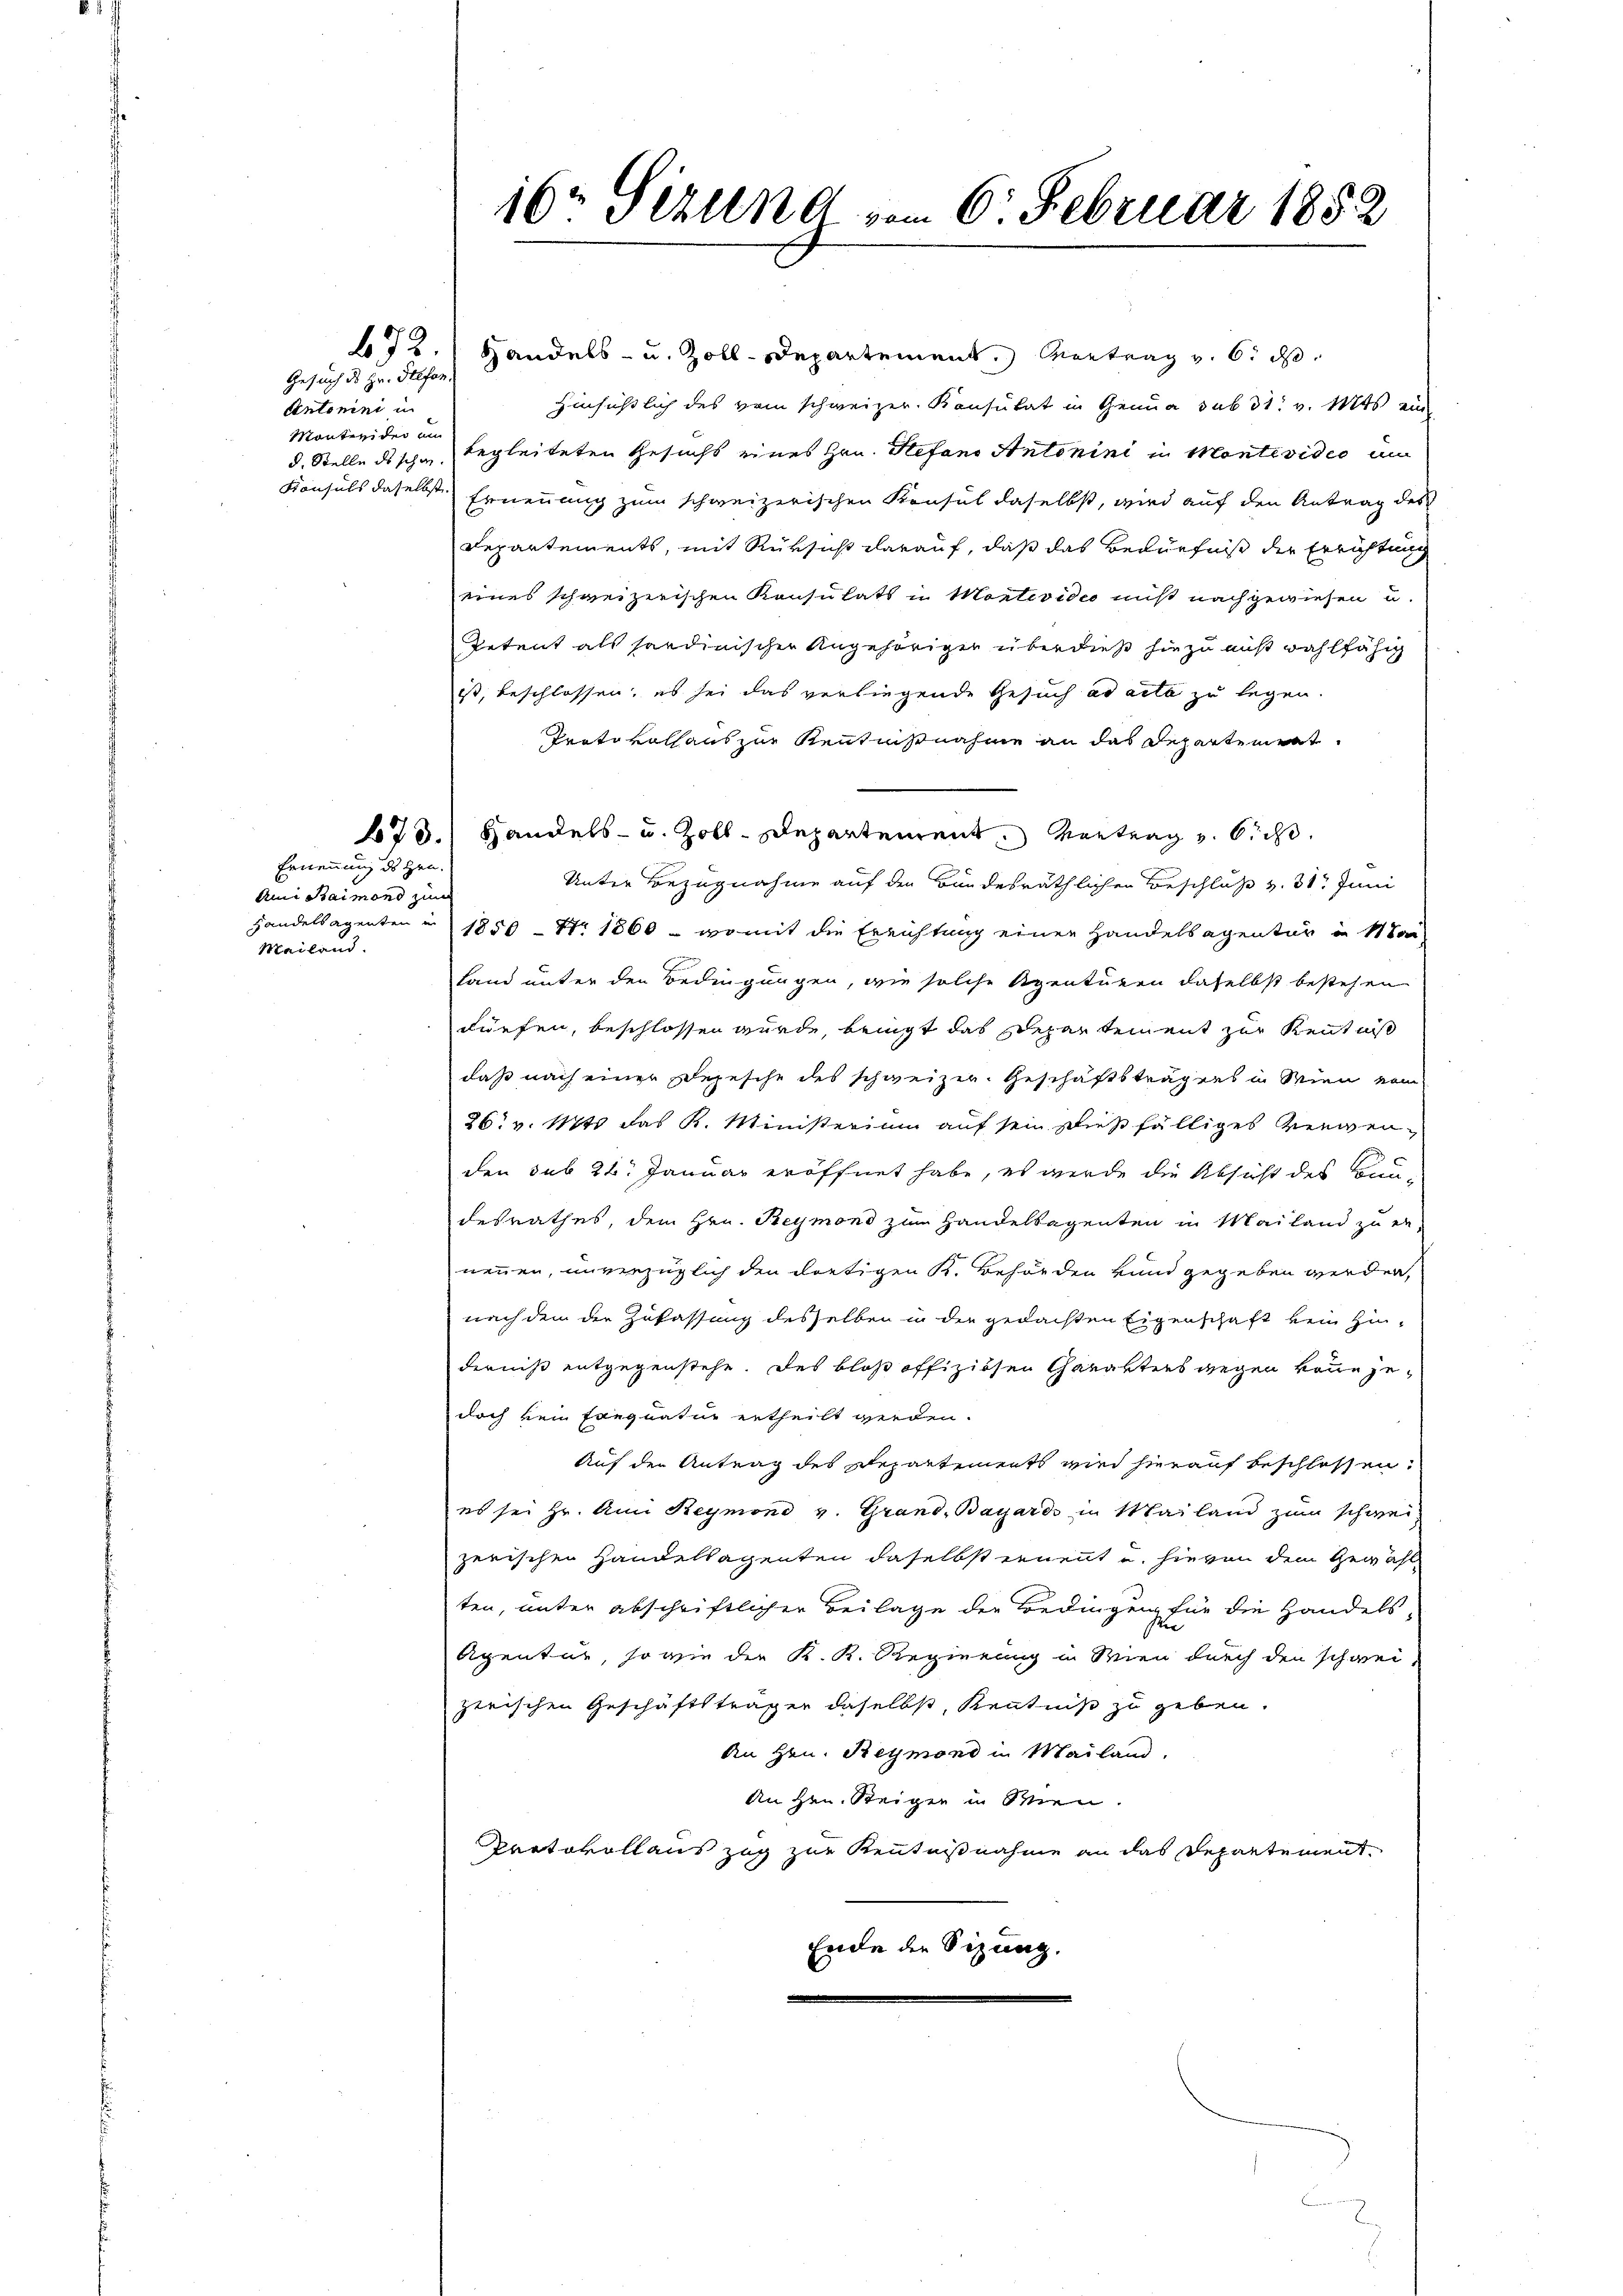
Gesuch des Hr. Hilfen.
Antonini in
Montevider am

672.

Ernennung des Hrn.
Ami Baimond zum
Mailand.

16. Sizung vom 6. Februar 1852

Handels- u. Zoll-Departement. Vortrag v. 6. ds.
Hinsichtlich des vom schweizer. Konsulat in Genua sub 31. v. Mts. ein
d. Stelle dischen begleiteten Gesuchs eines Hrn. Hefand Antonini in Montevidio um
Konsuls daselbst Ernennung zum schweizerischen Konsul daselbst, wird auf den Antrag des
Repartements, mit Rüksicht darauf, daß das Bedürfniß der Errichtung
eines schweizerischen Konsulats in Montevidio niß nachgewiesen u.
Retent als sardinischer Angehörigen überdieß hiezu aus wahlfähig
ist, beschlossen, es sei das verliegende Gesuch ad acta zu legen.
Trato vollaus zur Kenntnisnahme an das Departement
673. Handels- u. Zoll-Departement. Vortrag und sicht.
Unter Bezugnahme auf den Bundesräthlichen Beschluß v. 31. Juni
Handelsagenten u. 1850 - No. 1860 - womit die Errichtung einer Handelsagentur in 14 Ta
Land unter den Bedingungen, wie solche Agenturen daselbst bestehen
dürfen, beschlossen wurde, bringt das Departement zur Kenntniß
daß nach einer Depesche des schweizer. Geschäftsträgens in Wien vom
26. v. Mts. das K. Ministerium auf sein dießfälliges verwenden sub 22. Januar eröffnet habe, es werde die Absicht des Bundesrathes, dem Hrn. Reymond zum Handelsagenten in Mailand zu er-
nennen, unverzüglich den dortigen K. Behörden vnnd gegeben werden,
nach den der Zufassung desselben in der gedachten Eigenschaft kein Zin-
derniß entgegenstehe. Des bloß offiziösen Charaktens wegen könne jedoch kein frequatur ertheilt werden.
Auf den Antrag des Repartements wird hierauf beschlossen:
es sei Hr. Ami Reymond v. Grand, Bayards in Mailand zum schweizerischen Handeklagenten daselbst ernennt u. hievon dem Gewähl
ten, unter abschriftlicher Beilage der Bedingung für die Handels-
Apentur, so wie der K. K. Regierung in Wien durch den schweizerischen Geschäftsträger daselbst, Kenntniß zu geben.
An Hrn. Beymond in Mailand.
An Hrn. Steigen in Wien.
Protokollaus Zug zur Kenntnißnahme an das Departement
Ende der Sizung.